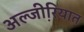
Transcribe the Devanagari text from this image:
अल्जी़रियात